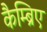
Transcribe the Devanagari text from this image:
कैम्ब्रिए